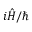
i { \hat { H } } / \hbar